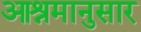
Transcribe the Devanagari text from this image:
आश्रमानुसार